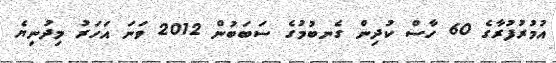
އުމުރުފުރާގެ 60 ހާސް ކުދިން ގެނބުމުގެ ސަބަބުން 2012 ވަނަ އަހަރު މިދުނިޔެ